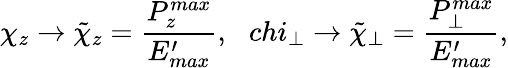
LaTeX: \chi_{z}\rightarrow\tilde{\chi}_{z}=\frac{P_{z}^{max}}{E_{max}^{\prime}},\ \ \, chi_{\bot}\rightarrow\tilde{\chi}_{\bot}=\frac{P_{\bot}^{max}}{E_{max}^{\prime}},